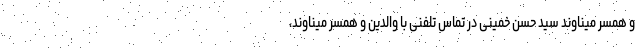
و همسر میناوند سید حسن خمینی در تماس تلفنی با والدین و همسر میناوند،